Civil Veterinary Department. Madras. Admin. report 1910-25 - 1910-1925
Year: 1910
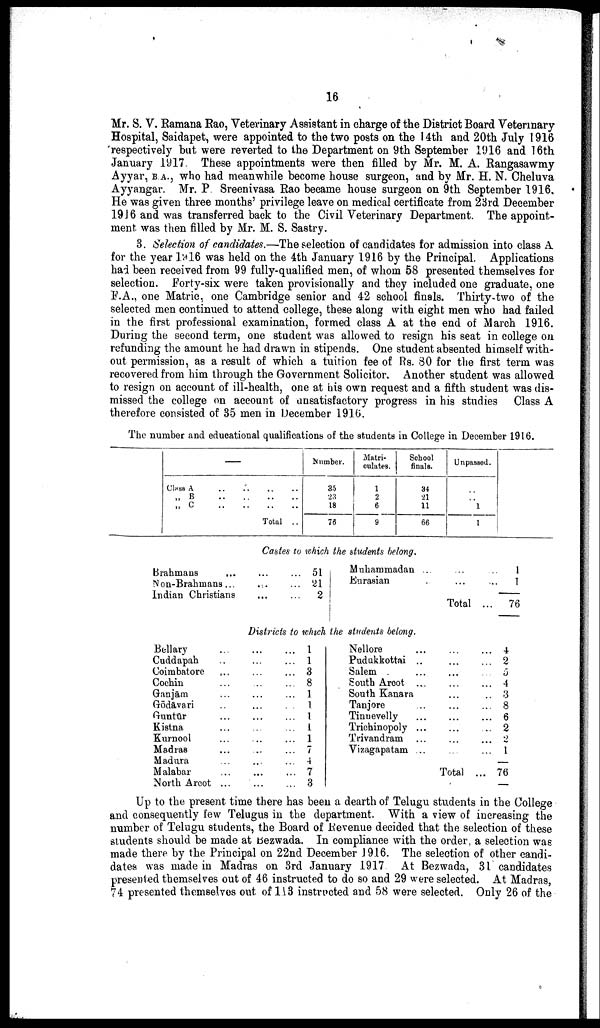
16
Mr. S. V. Ramana Rao, Veterinary Assistant in charge of the District Board Veterinary
Hospital, Saidapet, were appointed to the two posts on the 14th and 20th July 1916
respectively but were reverted to the Department on 9th September 1916 and 16th
January 1917. These appointments were then filled by Mr. M. A. Rangasawmy
Ayyar, b.a., who had meanwhile become house surgeon, and by Mr. H. N. Cheluva
Ayyangar. Mr. P. Sreenivasa Rao became house surgeon on 9th September 1916,
He was given three months' privilege leave on medical certificate from 23rd December
1916 and was transferred back to the Civil Veterinary Department. The appoint
ment was then filled by Mr. M. S. Sastry.
3. Selection of candidates.—The selection of candidates for admission into class A
for the year 1916 was held on the 4th January 1916 by the Principal. Applications
had been received from 99 fully-qualified men, of whom 58 presented themselves for
selection. Forty-six were taken provisionally and they included one graduate, one
F.A., one Matric, one Cambridge senior and 42 school finals. Thirty-two of the
selected men continued to attend college, these along with eight men who had failed
in the first professional examination, formed class A at the end of March 1916.
During the second term, one student was allowed to resign his seat in college on
refunding the amount he had drawn in stipends. One student absented himself with
out permission, as a result of which a tuition fee of Rs. 80 for the first term was
recovered from him through the Government Solicitor. Another student was allowed
to resign on account of ill-health, one at his own request and a fifth student was dis
missed the college on account of unsatisfactory progress in his studies Class A
therefore consisted of 35 men in December 1916.
The number and educational qualifications of the students in College in December 1916.
—
Class A .. .. .. ..
„ B .. .. .. ..
„ C .. .. .. ..
Total ..
Number.
35
23
18
76
Matri
culates.
1
2
6
9
School
finals.
34
21
11
66
Unpassed.
..
..
1
1
Castes to which the students belong.
Brahmans ... ...
Non-Brahmans... ...
Indian Christians ...
... 51
... 21
...
2
Muhammadan ...
Eurasian ..
...
...
Total
... 1
... 1
...
76
Districts to which ike students belong.
Bellary
Cuddapah
Coimbatore
Cochin
Ganjām
Gōdāvari
Guntūr
Kistna
Kurnool
Madras
Madura
Malabar
North Arcot
...
..
...
...
...
...
...
...
...
...
...
...
...
...
...
...
...
...
...
...
...
...
...
...
...
...
...
...
...
...
...
...
...
...
...
...
...
...
...
1
1
3
8
1
1
1
1
1
7
4
7
3
Nellore
Pudakkottai
Salem .
South Arcot
South Kanara
Tanjore
Tinuevelly
Trichinopoly
Trivandram
Vizagapatam
... ...
.. ...
... ...
... ...
... ...
...
...
...
...
... ...
... ...
... ...
Total
... 4
... 2
... 5
... 4
.. 3
... 8
... 6
... 2
... 2
... 1
... 76
Up to the present time there has been a dearth of Telugu students in the College
and consequently lew Telugus in the department. With a view of increasing the
number of Telugu students, the Board of Revenue decided that the selection of these
students should be made at Bezwada. In compliance with the order a selection was
made there by the Principal on 22nd December 1916. The selection of other candi
dates was made in Madras on 3rd January 1917 At Bezwada, 31 candidates
presented themselves out of 46 instructed to do so and 29 were selected. At Madras,
74 presented themselves out of 113 instructed and 58 were selected. Only 26 of the